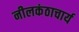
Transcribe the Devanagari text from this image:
नीलकंठाचार्य